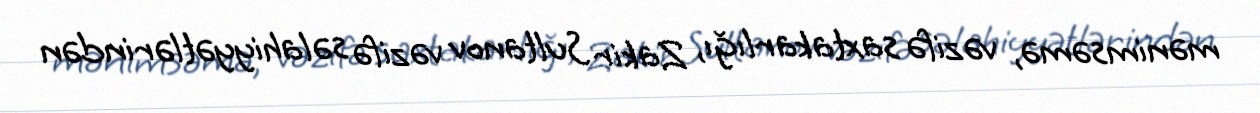
mənimsəmə, vəzifə saxtakarlığı, Zakir Sultanov vəzifə səlahiyyətlərindən